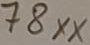
Text: 78XX